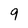
Character: 9